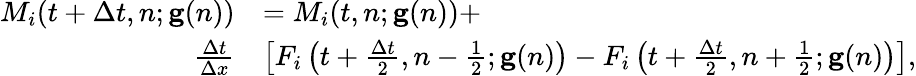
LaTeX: \begin{array}{rl}{M_{i}(t+\Delta t,n;\mathbf{g}(n))}&{=M_{i}(t,n;\mathbf{g}(n))+}\\ {\frac{\Delta t}{\Delta x}}&{\left[F_{i}\left(t+\frac{\Delta t}{2},n-\frac{1}{2};\mathbf{g}(n)\right)-F_{i}\left(t+\frac{\Delta t}{2},n+\frac{1}{2};\mathbf{g}(n)\right)\right],}\end{array}